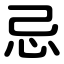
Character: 忌